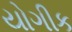
યોગીક